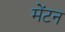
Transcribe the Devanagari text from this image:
मेंटन